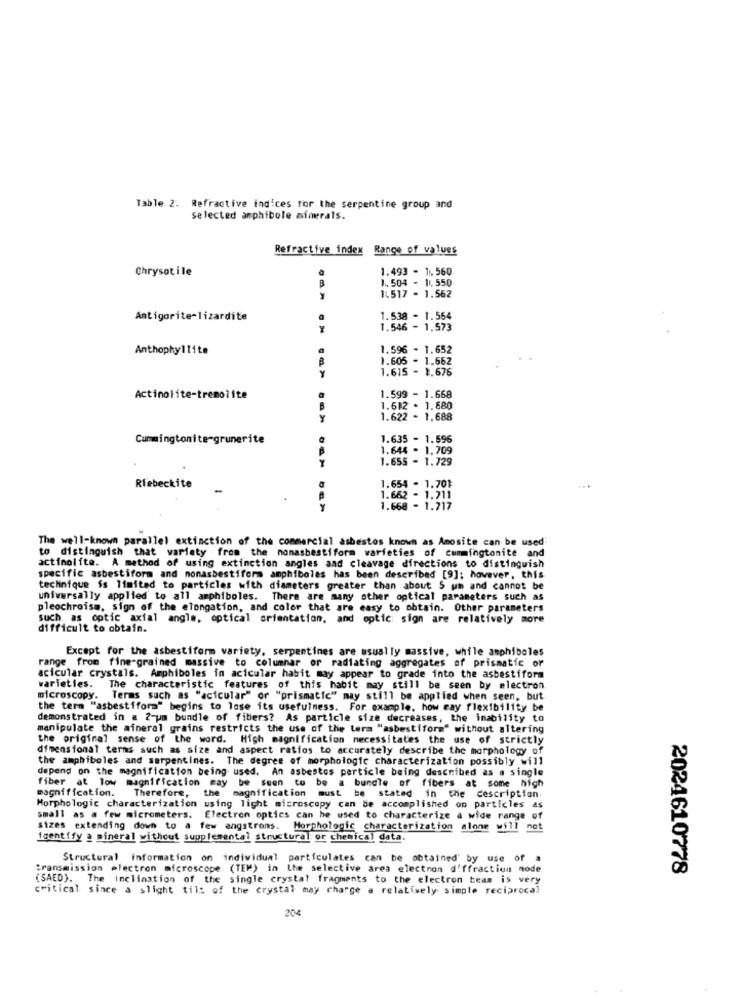
Table. 2. Refractive indices for the serpentine group and
selected amphibole minerals.
Refractive index Range of values
Chrysotile
1.493 - 1. 560
1. 504 - 11, 550
1.517 - 1.562
Antigorite-lizardite
1.538 - 1.554
1.546 - 1.573
Anthophyllite
1.596 - 1.652
1.605 - 1.562
1.615 - 1.676
Actinolite-tremolite
1.599 - 1.668
1.612 - 1.680
Y
1.622 - 1.688
Cummingtonite-grunerite
1.635 - 1.596
1.644 - 1.709
1.655 - 1.729
a
1.654 - 1.701
Rlebeckite
...
1.662 - 1.711
1.668 - 1.717
The well-known parallel extinction of the commercial asbestos known as Amosite can be used'
to distinguish that variety from the nonasbestiform varieties of cummingtonite and
actinolite. A method of using extinction angles and cleavage directions to distinguish
specific asbestiform and nonasbestifers amphiboles has been described [9]; however, this
techinique is limited to particles with diameters greater than about 5 um and cannot be
universally applied to all amphiboles. There are many other optical parameters such as
pleochroism, sign of the elongation, and color that are easy to obtain. Other parameters
such as optic axial angle, optical orientation, and optic sign are relatively more
difficult to obtain.
Except for the asbestiform variety, serpentines are usually massive, while amphiboles
range from fine-grained massive to columnar or radiating aggregates of prismatic or
acicular crystals. Amphiboles in acicular habit may appear to grade into the asbestiform
varieties.
The characteristic features of this habit may still be seen by electron.
microscopy. Terms such as "acicular" or "prismatic" may still be applied when seen, but
the term "asbestiform" begins to lose its usefulness. For example, how eay flexibility be
demonstrated in a 2-um bundle of fibers? As particle size decreases, the inability to
manipulate the mineral grains restricts the use of the term "asbestiform" without altering
the original sense of the word. High magnification necessitates the use of strictly
dimensional terms such as size and aspect ratios to accurately describe the morphology of
the amphiboles and serpentines. The degree of morphologie characterization possibly will
depend on the magnification being used. An asbestos particle being described as a single
magnification.
fiber at low magnification may be seen to be a bundle of fibers at some high
the
Therefore,
magnification must be stated in the description.
Morphologic characterization using light microscopy can be accomplished on particles as
small as a few micrometers. Electron optics can be used to characterize a wide range of
sizes extending down to a few angstroms. Morphologic characterization alone will not
identify a mineral without supplemental structural or chemical data.
Structural information on individual particulates can be obtained' by use of a
transmission electron microscope (TEM) in the selective area electron diffraction node
2024610778
(SAED). The inclination of the single crystal fragments to the electron beam is very
critical since a slight tilt of the crystal may charge a relatively simple reciprocal
204